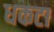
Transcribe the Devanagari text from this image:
धकटा